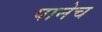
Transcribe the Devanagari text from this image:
पानेच